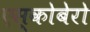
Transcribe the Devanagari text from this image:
एस्कोबेरो